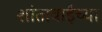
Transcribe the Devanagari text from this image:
शांताबाईंच्या